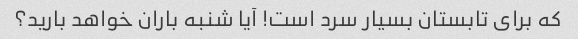
که برای تابستان بسیار سرد است! آیا شنبه باران خواهد بارید؟